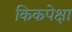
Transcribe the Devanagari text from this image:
किकपेक्षा